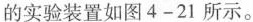
的实验装置如图4-21所示。